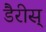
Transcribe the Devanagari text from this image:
डैरीस्